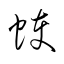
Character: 蠖